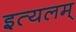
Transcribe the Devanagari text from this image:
इत्यलम्